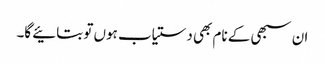
ان سبھی کے نام بھی دستیاب ہوں تو بتائیے گا۔